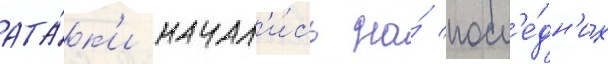
ата́к'и начал'и́сь на́ посл'е́дн'их